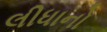
લીધાનો